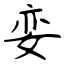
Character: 娈